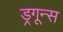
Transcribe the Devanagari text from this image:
ड्रगून्स